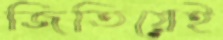
জিতিয়েই